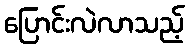
ပြောင်းလဲလာသည့်